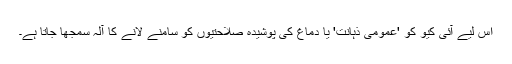
اس لیے آئی کیو کو 'عمومی ذہانت' یا دماغ کی پوشیدہ صلاحتیوں کو سامنے لانے کا آلہ سمجھا جاتا ہے۔